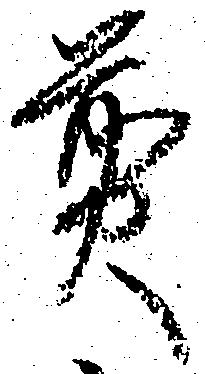
煎